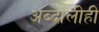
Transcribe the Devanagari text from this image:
अब्दालीही